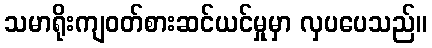
သမာရိုးကျဝတ်စားဆင်ယင်မှုမှာ လှပပေသည်။